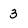
Character: 3